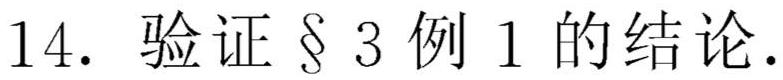
14. 验证 § 3 例 1 的结论.